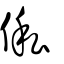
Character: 俬